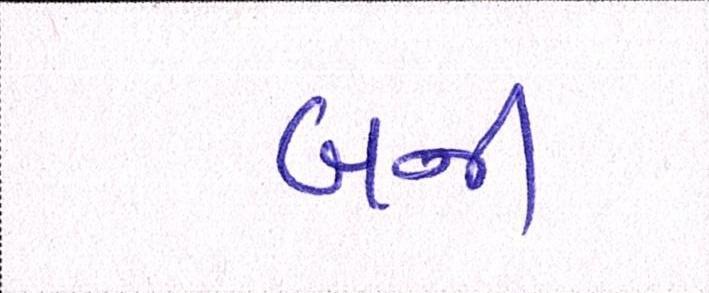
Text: બની